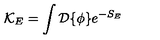
{ \cal K } _ { E } = \int { \cal D } \{ \phi \} e ^ { - S _ { E } }